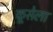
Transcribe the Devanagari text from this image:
कूसेला